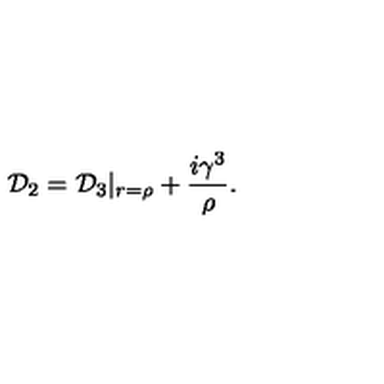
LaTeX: { \cal D } _ { 2 } = { \cal D } _ { 3 } | _ { r = { \rho } } + \frac { i { \gamma } ^ { 3 } } { \rho } .